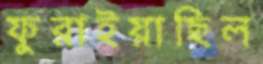
ফুরাইয়াছিল